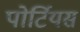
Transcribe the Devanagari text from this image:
पोर्टियस